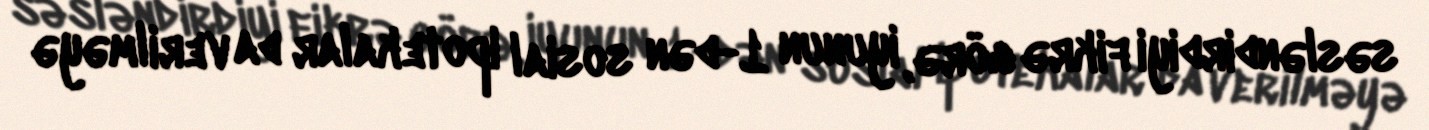
səsləndirdiyi fikrə görə, iyunun 1-dən sosial ipotekalar da verilməyə